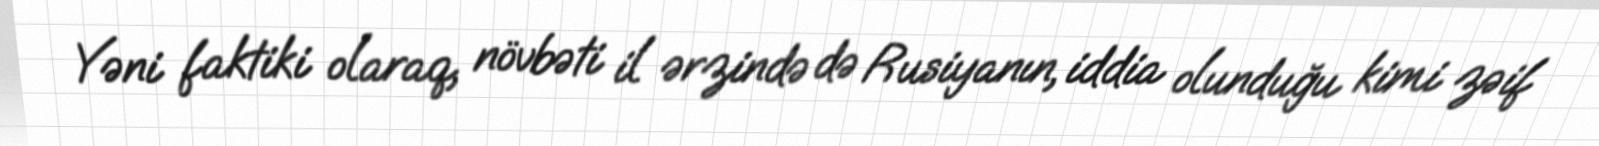
Yəni faktiki olaraq, növbəti il ərzində də Rusiyanın, iddia olunduğu kimi zəif